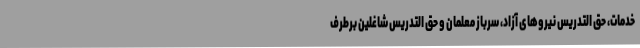
خدمات، حق التدریس نیروهای آزاد، سرباز معلمان و حق التدریس شاغلین برطرف